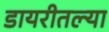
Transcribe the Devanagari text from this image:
डायरीतल्या